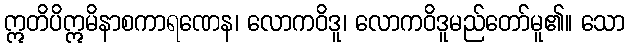
ဣတိပိဣမိနာစကာရဏေန၊ လောကဝိဒူ၊ လောကဝိဒူမည်တော်မူ၏။ သော